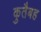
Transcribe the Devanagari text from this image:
कुतैबह